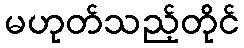
မဟုတ်သည့်တိုင်